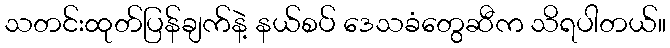
သတင်းထုတ်ပြန်ချက်နဲ့ နယ်စပ် ဒေသခံတွေဆီက သိရပါတယ်။